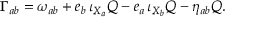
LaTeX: \Gamma _ { a b } = \omega _ { a b } + e _ { b } \, \iota _ { X _ { a } } Q - e _ { a } \, \iota _ { X _ { b } } Q - \eta _ { a b } Q .